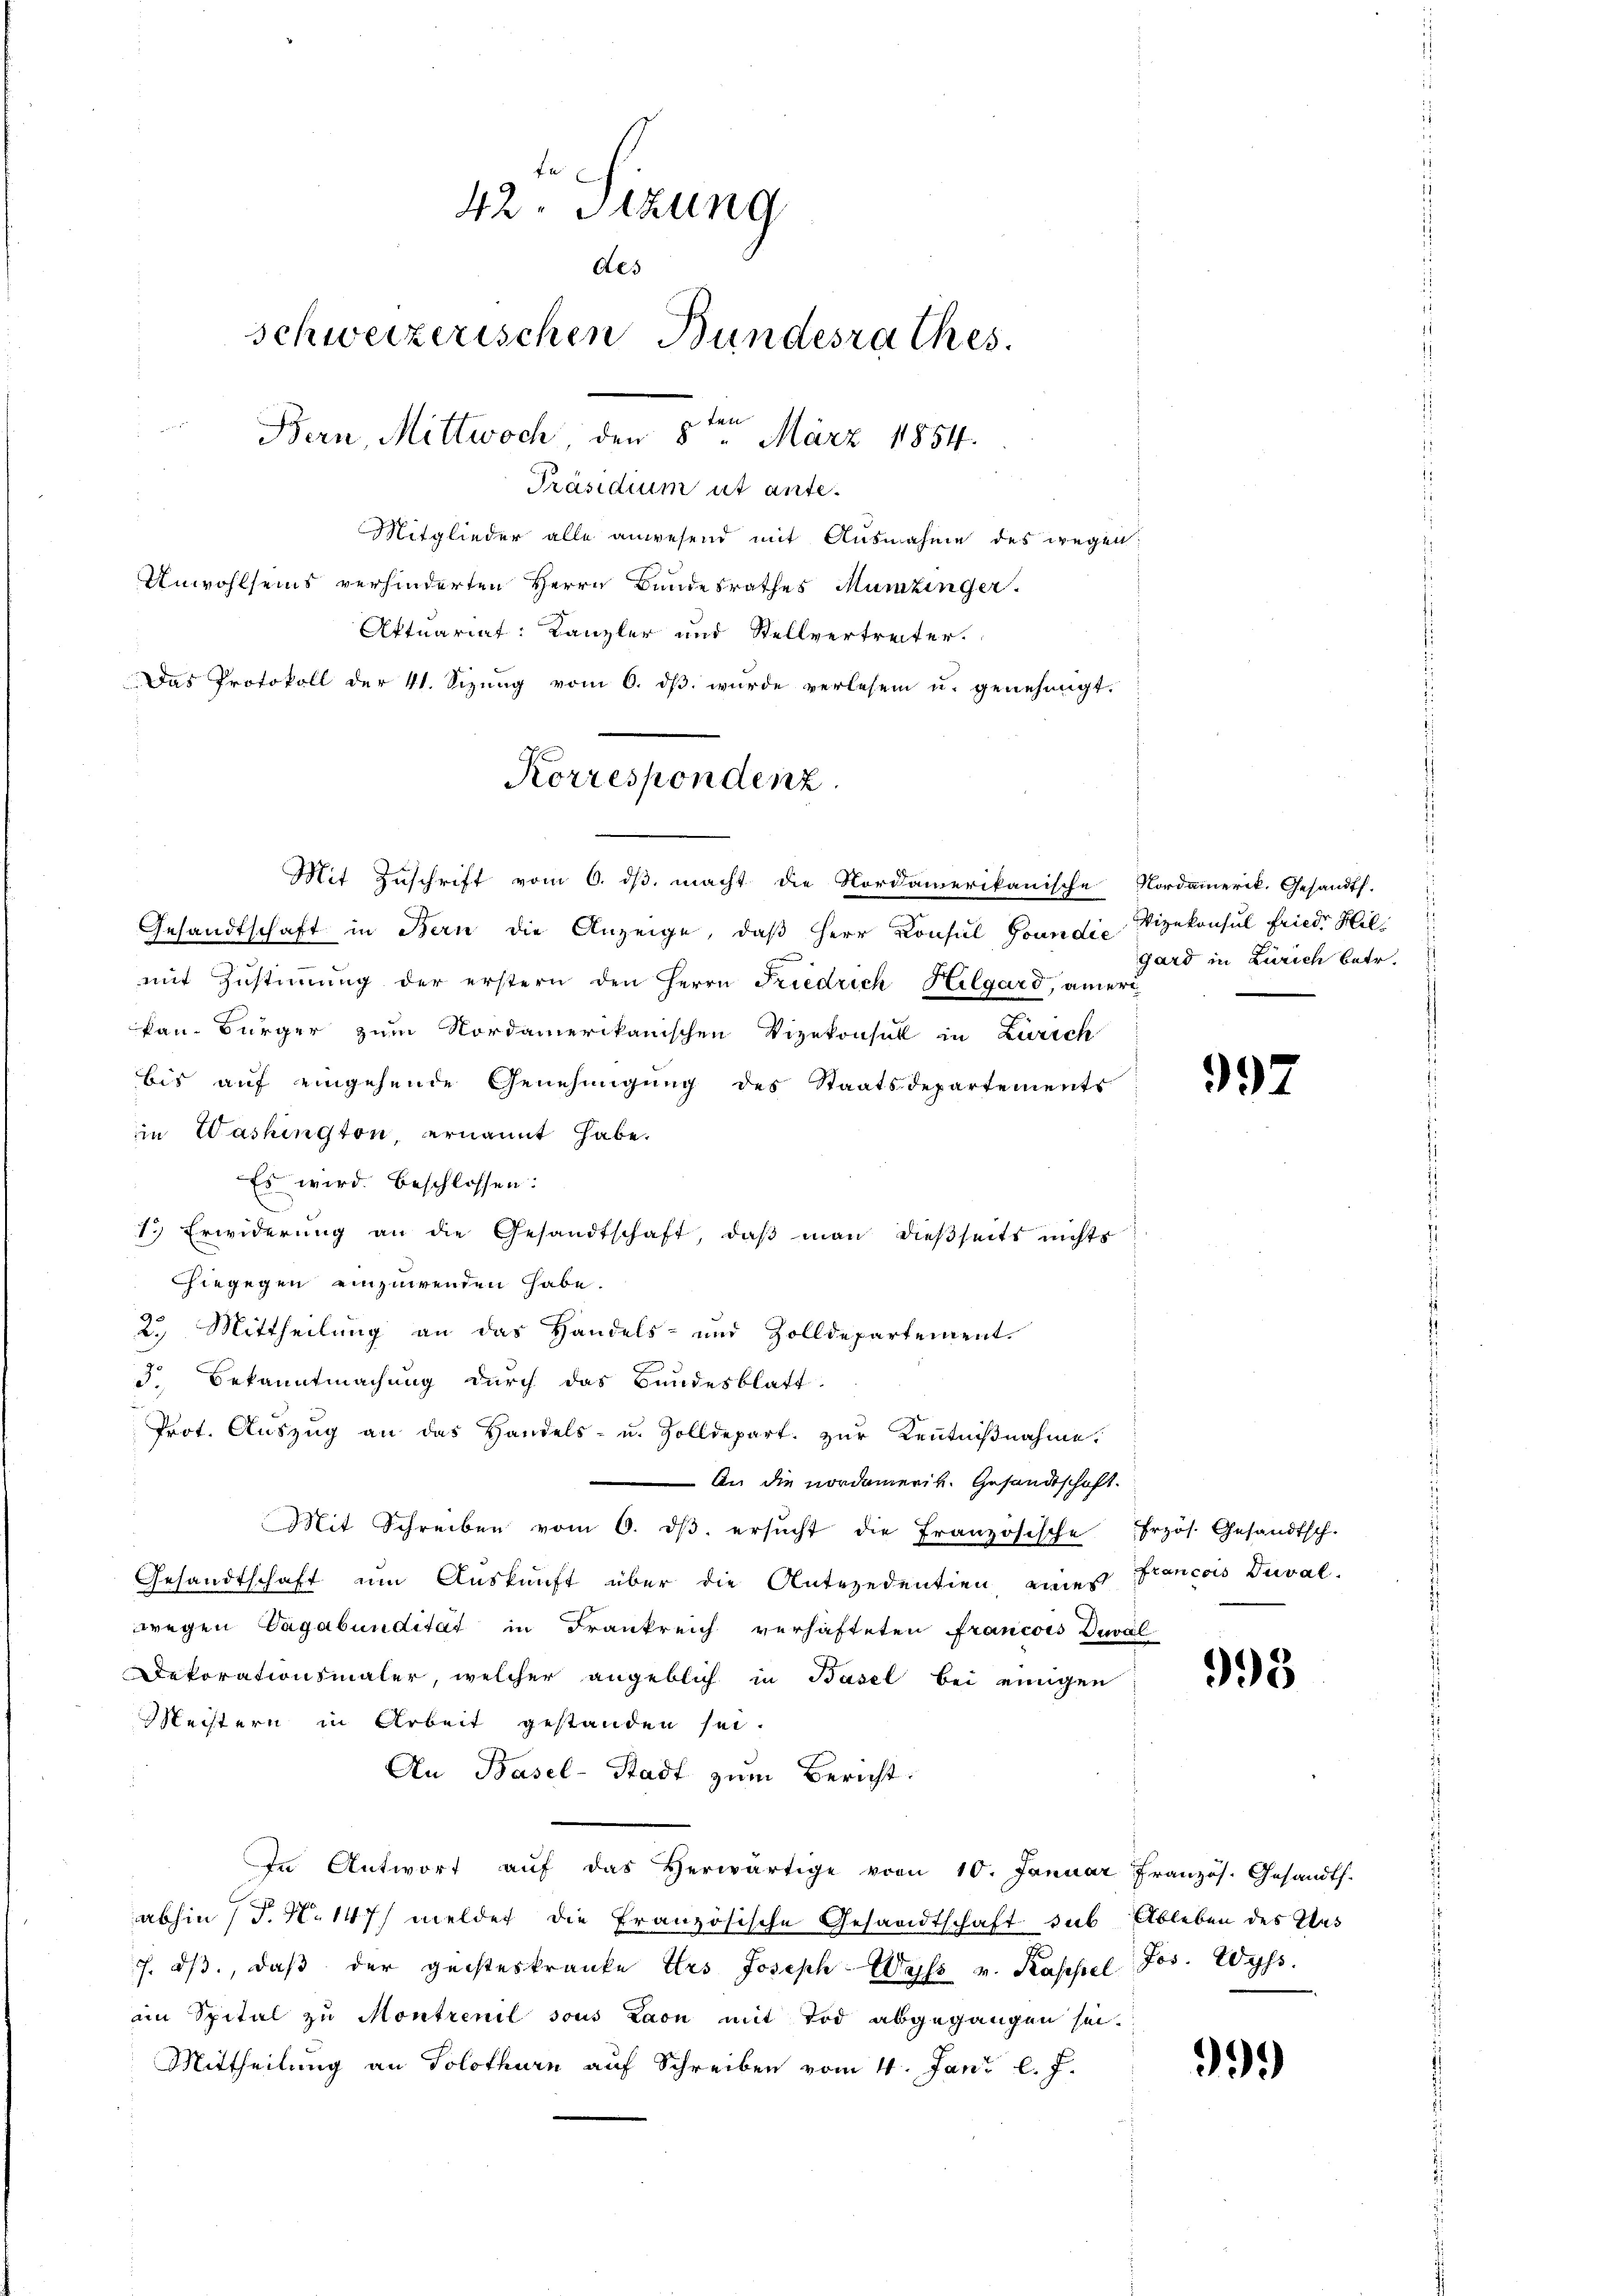
fi
42. Sizung
des
schweizerischen Bundesrathes.
Bern, Mittwoch den 8ten März 1854.
Präsidium ut ante¬
Mitglieder alle anwesend mit Ausnahme des wegen:
Unwohlseins verhinderten Herrn Bundesrathes Munzinger.
Aktuariat: Kanzler und Stellvertreiter.
Das Protokoll der 41. Sizung vom 6. ds. wurde verlesen u. genehmigt.

Mit Zuschrift vom 6. dβ macht die Nordamerikanische Nordamerik. Gesandts.
Gesandtschaft in Bern die Anzeige, daß Herr Konsul Goundić Vizekonsul Friedr Hilmit Zŭstiṁŭng der erstern den Herrn Friedrich Hilgard, amer
kan. Bürger zum Nordamerikanischen Vizekonsul in Zürich
bis auf eingehende Genehmigung des Staatsdepartements
im Washington, ernannt habe.
Es wird. Beschlossen:
1.) Erwiderŭng an die Gesandtschaft, daβ man dießseits nichts
hiegegen einzuwenden habe.
2.) Mittheilung an das Handels- und Zolldepartement.
d. Bekanntmachung durch das Bundesblatt
Prot. Aŭszŭg an das Handels- u. Zolldepart. zŭr Kenntniβnahme.
An die nordamerit. Gesandtschaft.
Mit Schreiben vom 6. dβ. ersŭcht die Französische frzös. Gesandtsch.
Gesandtschaft um Auskunft über die Antezedentien eines Francois Deval-
wegen Vagabundität in Frankreich verhäfteten Francois Deval
Dekorationsmaler, welcher angeblich in Basel bei einigen
Meistern in Arbeit gestanden sei.
An Basel-Stadt zum Bericht.
In Antwort aŭf das herwärtige vom 10. Januar Französ. Gesandts.
abhin (T. N. 147) meldet die Französische Gesandtschaft sub Ableben des Was
7. dβ, daβ der geisteskranke Urs Joseph-Wayss v. Kassel Jos. Wyss.
am Spital zu Montrenil sous Laon mit Tod abgegangen sei.
Mittheilung an Solothurn auf Schreiben vom 4. Jani l. J.

Korrespondenz

gard in Zürich betr.

992

993

999)